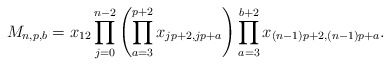
\begin{gather*}M_{n,p,b} =x_{12} \prod_{j=0}^{n-2} \left( \prod_{a=3}^{p+2} x_{j p+2, jp+a}\right) \prod_{a=3}^{b+2} x_{(n-1) p +2, (n-1) p +a}.\end{gather*}